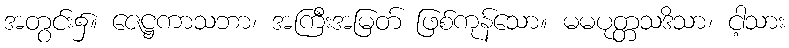
အတွင်း၌။ ဇေဋ္ဌကာသဘာ၊ အကြီးအမြတ် ဖြစ်ကုန်သော။ မမပုတ္တသဒိသာ၊ ငါ့သား